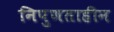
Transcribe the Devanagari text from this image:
निपुणताहीन